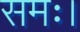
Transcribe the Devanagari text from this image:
समः।